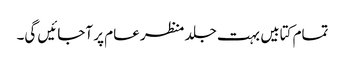
تمام کتابیں بہت جلد منظر عام پر آجائیں گی۔